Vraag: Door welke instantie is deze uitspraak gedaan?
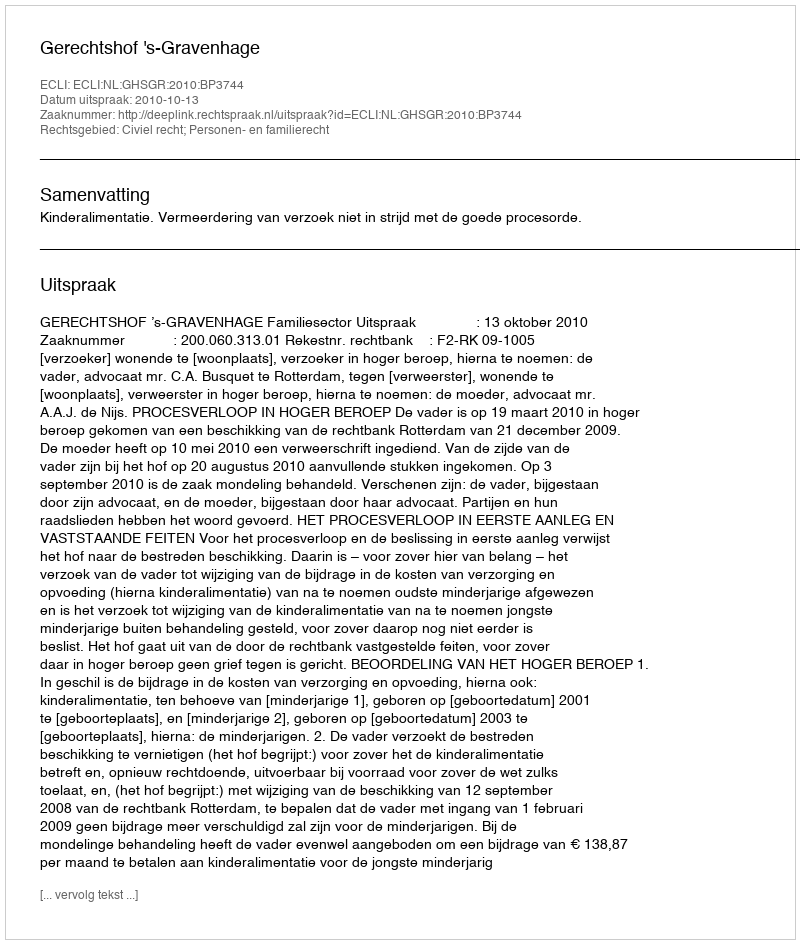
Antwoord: Gerechtshof 's-Gravenhage